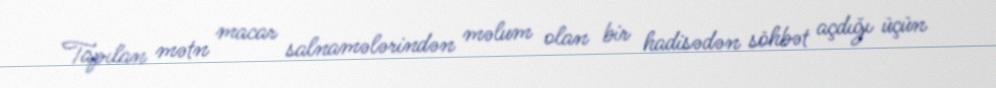
Tapılan mətn macar salnamələrindən məlum olan bir hadisədən söhbət açdığı üçün